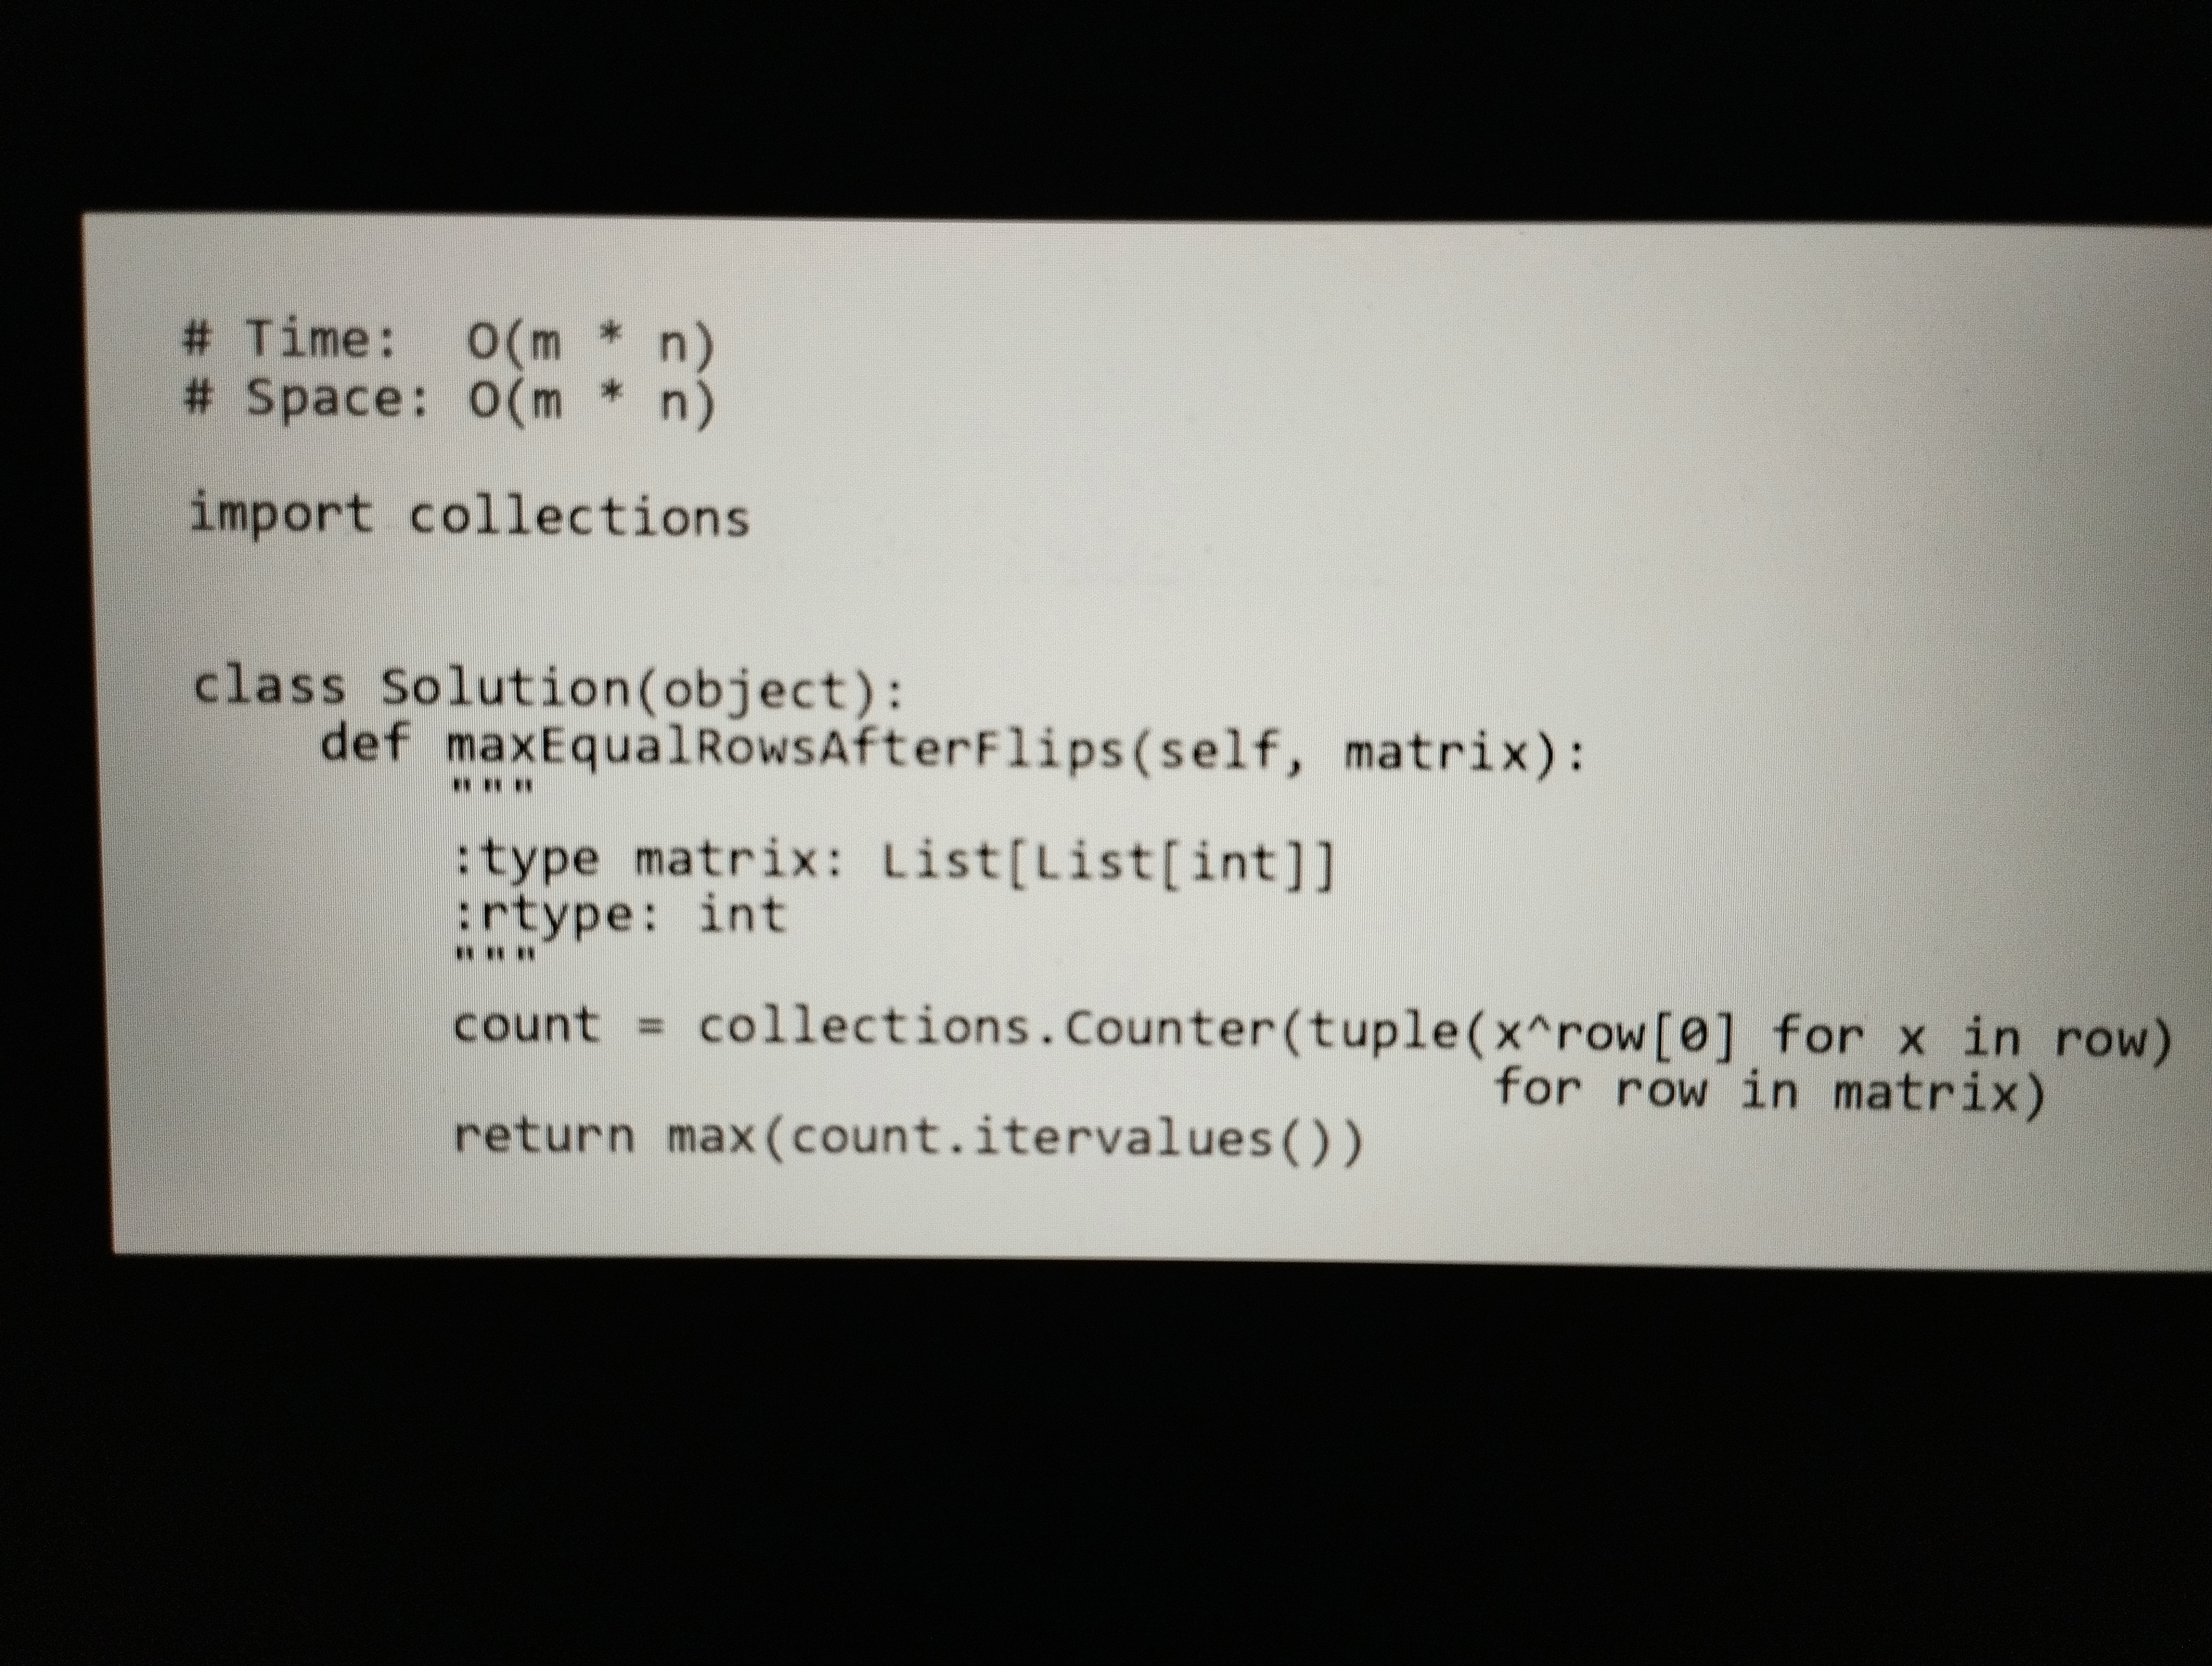
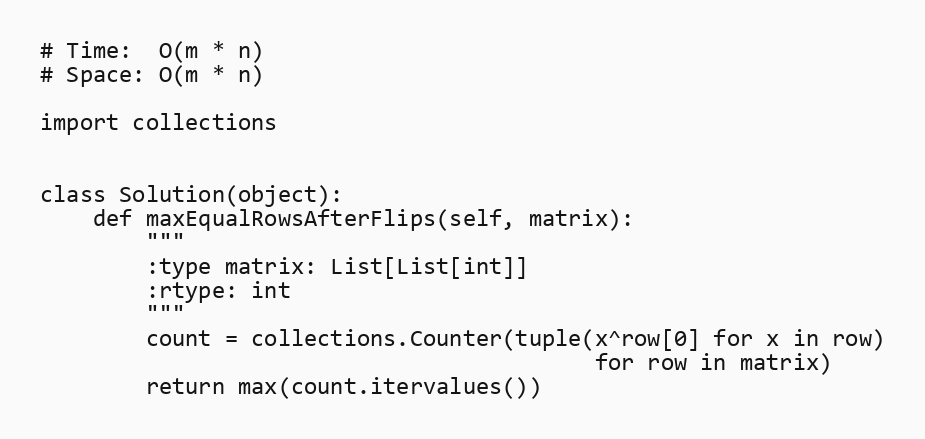
# Time:  O(m * n)
# Space: O(m * n)

import collections

class Solution(object):
    def maxEqualRowsAfterFlips(self, matrix):
        """
        :type matrix: List[List[int]]
        :rtype: int
        """
        count = collections.Counter(tuple(x^row[0] for x in row)
                                          for row in matrix)
        return max(count.itervalues())